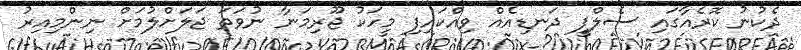
ދެކުނު ކޮރެއާގައި ސެލްފީ ދަނޑިއެއް ވިއްކައިފި މީހަކު ޖޫރިމަނާ ނުވަތަ ޖަލަށްލުމަށް ނިންމިއިރު